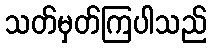
သတ်မှတ်ကြပါသည်